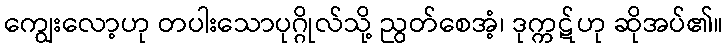
ကျွေးလော့ဟု တပါးသောပုဂ္ဂိုလ်သို့ ညွတ်စေအံ့၊ ဒုက္ကဋ်ဟု ဆိုအပ်၏။